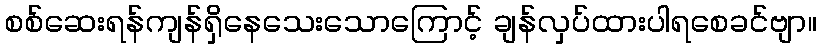
စစ်ဆေးရန်ကျန်ရှိနေသေးသောကြောင့် ချန်လှပ်ထားပါရစေခင်ဗျာ။